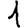
Digit: 1